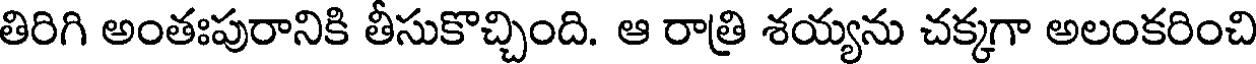
తిరిగి అంతఃపురానికి తీసుకొచ్చింది. ఆ రాత్రి శయ్యను చక్కగా అలంకరించి